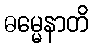
ဓမ္မေနာတိ